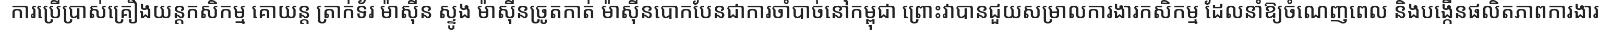
ការប្រើប្រាស់គ្រឿងយន្តកសិកម្ម គោយន្ត ត្រាក់ទ័រ ម៉ាស៊ីន ស្ទូង ម៉ាស៊ីនច្រូតកាត់ ម៉ាស៊ីនបោកបែនជាការចាំបាច់នៅកម្ពុជា ព្រោះវាបានជួយសម្រាលការងារកសិកម្ម ដែលនាំឱ្យចំណេញពេល និងបង្កើនផលិតភាពការងារ